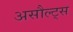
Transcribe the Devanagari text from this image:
असौल्ट्स